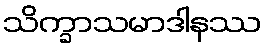
သိက္ခာသမာဒါနဿ